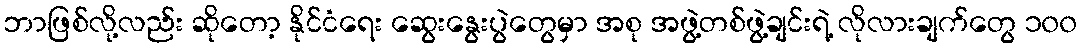
ဘာဖြစ်လို့လည်း ဆိုတော့ နိုင်ငံရေး ဆွေးနွေးပွဲတွေမှာ အစု အဖွဲ့တစ်ဖွဲ့ချင်းရဲ့ လိုလားချက်တွေ ၁၀၀